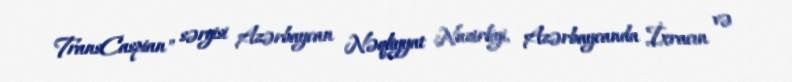
TransCaspian" sərgisi Azərbaycan Nəqliyyat Nazirliyi, Azərbaycanda İxracın və